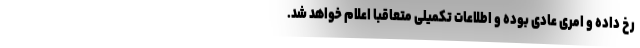
رخ داده و امری عادی بوده و اطلاعات تکمیلی متعاقبا اعلام خواهد شد.